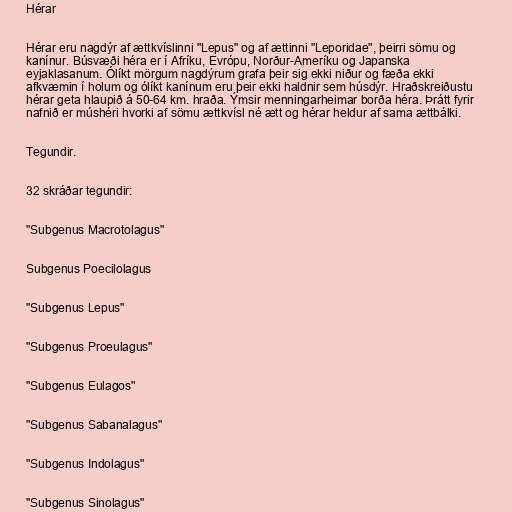
Hérar

Hérar eru nagdýr af ættkvíslinni "Lepus" og af ættinni "Leporidae", þeirri sömu og
kanínur. Búsvæði héra er í Afríku, Evrópu, Norður-Ameríku og Japanska
eyjaklasanum. Ólíkt mörgum nagdýrum grafa þeir sig ekki niður og fæða ekki
afkvæmin í holum og ólíkt kanínum eru þeir ekki haldnir sem húsdýr. Hraðskreiðustu
hérar geta hlaupið á 50-64 km. hraða. Ýmsir menningarheimar borða héra. Þrátt fyrir
nafnið er múshéri hvorki af sömu ættkvísl né ætt og hérar heldur af sama ættbálki.

Tegundir.

32 skráðar tegundir:

"Subgenus Macrotolagus"

Subgenus Poecilolagus

"Subgenus Lepus"

"Subgenus Proeulagus"

"Subgenus Eulagos"

"Subgenus Sabanalagus"

"Subgenus Indolagus"

"Subgenus Sinolagus"